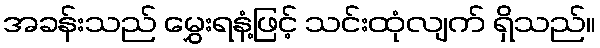
အခန်းသည် မွှေးရနံ့ဖြင့် သင်းထုံလျက် ရှိသည်။